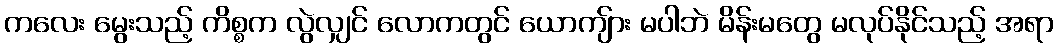
ကလေး မွေးသည့် ကိစ္စက လွဲလျှင် လောကတွင် ယောကျ်ား မပါဘဲ မိန်းမတွေ မလုပ်နိုင်သည့် အရာ